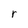
Character: r